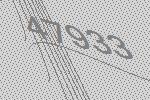
47933